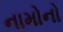
નામોનો